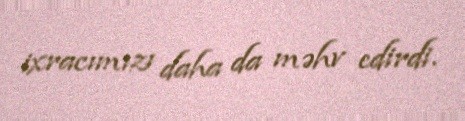
ixracımızı daha da məhv edirdi.